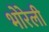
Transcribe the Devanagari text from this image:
भोरेली